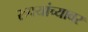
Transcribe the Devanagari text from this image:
रुपयांच्यावर